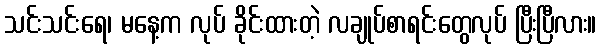
သင်းသင်းရေ၊ မနေ့က လုပ် ခိုင်းထားတဲ့ လချုပ်စာရင်းတွေလုပ် ပြီးပြီလား။